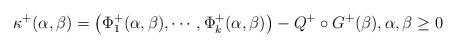
LaTeX: \begin{align*}\kappa^+(\alpha,\beta) = \big(\Phi^+_1(\alpha,\beta), \cdots, \Phi^+_k(\alpha,\beta)\big) - Q^+\circ G^+(\beta),\alpha,\beta\geq 0\end{align*}